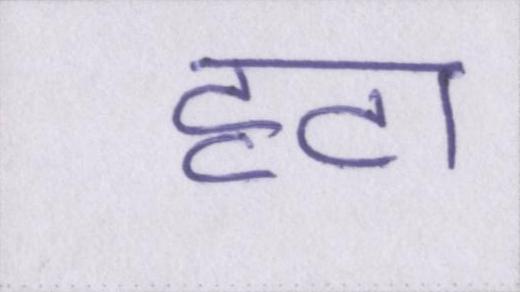
हटा